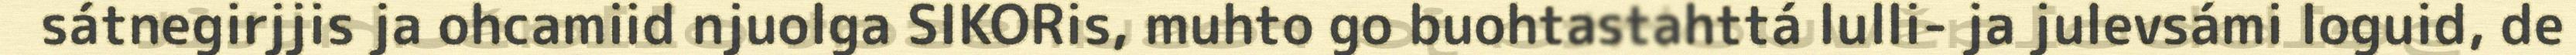
sátnegirjjis ja ohcamiid njuolga SIKORis, muhto go buohtastahttá lulli- ja julevsámi loguid, de